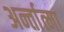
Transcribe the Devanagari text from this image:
अर्न्तात्मा